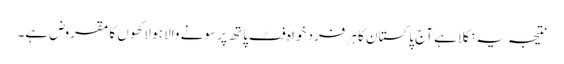
نتیجہ یہ نکلا ہے آج پاکستان کا ہر فرد خواہ فٹ پاتھ پر سونے والا ہو لاکھوں کا مقروض ہے۔